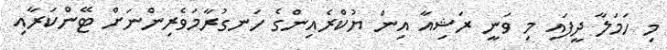
މި ހަމަލާ ދީފައި މި ވަނީ ރަޝިއާ އިން ޔުކްރެއިންގެ ހަނގުރާމަވެރިންނަށް ޓޭންކަރާއި